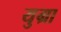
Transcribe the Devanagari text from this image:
युग्रा